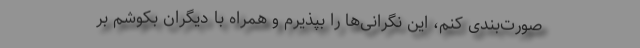
صورت‌بندی کنم، این نگرانی‌ها را بپذیرم و همراه با دیگران بکوشم بر